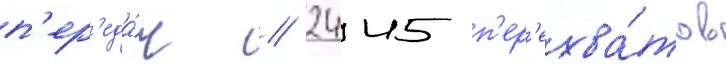
п'ер'еда́ч / 2445 п'ер'ехва́тов